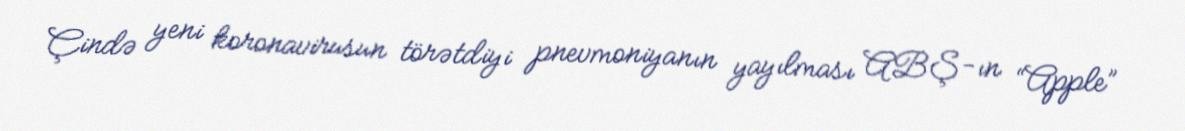
Çində yeni koronavirusun törətdiyi pnevmoniyanın yayılması ABŞ-ın “Apple”